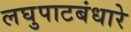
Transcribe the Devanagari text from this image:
लघुपाटबंधारे